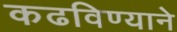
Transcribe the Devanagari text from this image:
कढविण्याने